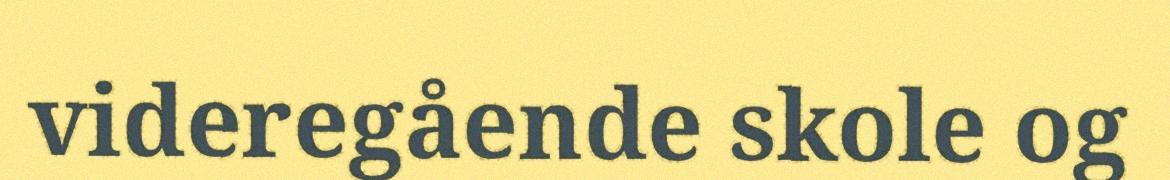
videregående skole og